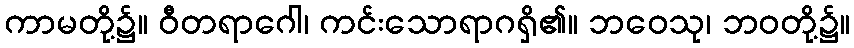
ကာမတို့၌။ ဝီတရာဂေါ၊ ကင်းသောရာဂရှိ၏။ ဘဝေသု၊ ဘဝတို့၌။